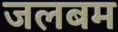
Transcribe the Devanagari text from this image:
जलबम